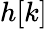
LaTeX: \displaystyle h[k]